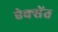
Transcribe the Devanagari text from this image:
ऐक्सेंत